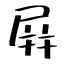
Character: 屛